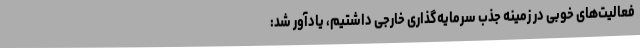
فعالیت‌های خوبی در زمینه جذب سرمایه‌گذاری خارجی داشتیم، یادآور شد: